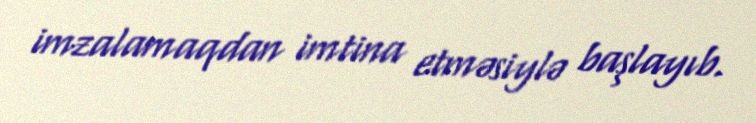
imzalamaqdan imtina etməsiylə başlayıb.